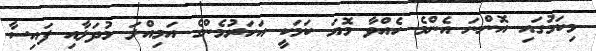
މިކަމުގައި އޮންނަ އެންމެ ހެއްވާ މޮޔަ ކަމަކީ އަހަރުމެންގެ އަމިއްލަ މުދަލާއި ފައިސާ